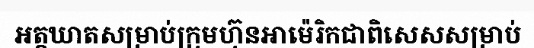
អត្តឃាតសម្រាប់ក្រុមហ៊ុនអាម៉េរិកជាពិសេសសម្រាប់